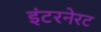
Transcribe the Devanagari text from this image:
इंटरनेरट